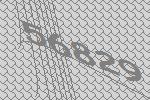
56829